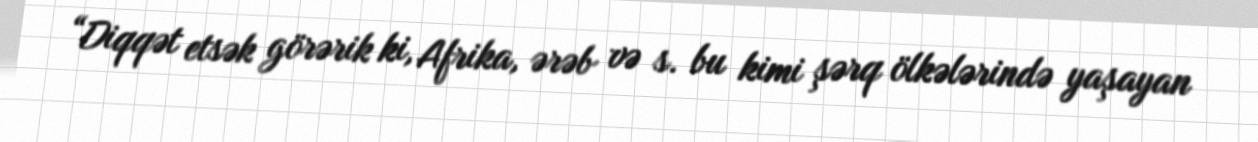
“Diqqət etsək görərik ki, Afrika, ərəb və s. bu kimi şərq ölkələrində yaşayan